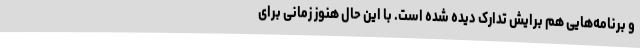
و برنامه‌هایی هم برایش تدارک دیده شده است. با این حال هنوز زمانی برای